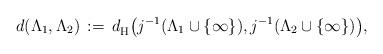
LaTeX: \begin{align*} d (\Lambda_1,\Lambda_2) \, := \, d^{}_{\mathrm{H}} \bigl( j^{-1} (\Lambda_1 \cup\{\infty\}), j^{-1} (\Lambda_2 \cup\{\infty\}) \bigr),\end{align*}